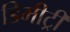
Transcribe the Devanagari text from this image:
डिमीट्री